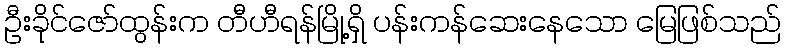
ဦးခိုင်ဇော်ထွန်းက တီဟီရန်မြို့ရှိ ပန်းကန်ဆေးနေသော မြေဖြစ်သည်